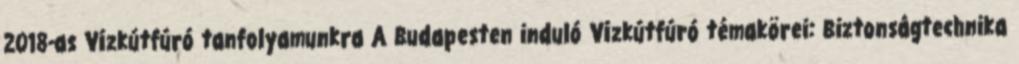
2018-as Vízkútfúró tanfolyamunkra A Budapesten induló Vízkútfúró témakörei: Biztonságtechnika